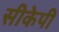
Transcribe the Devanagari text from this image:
सीकेपी